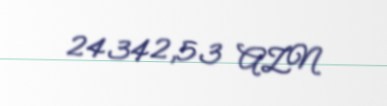
24342,53 AZN